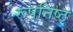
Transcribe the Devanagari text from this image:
रूपनिष्ठ